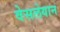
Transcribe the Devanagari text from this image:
वेसलेयान